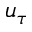
u _ { \tau }